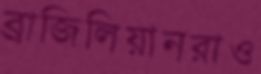
ব্রাজিলিয়ানরাও